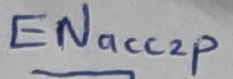
Text: ENacc2p